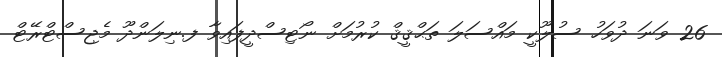
26 ވަނަ ދުވަހު ސުލޫކީ މައްސަލަ ތަޙްޤީޤް ކުރުމަށް ނޯޓިސްދީފައިވާ ފ.ނިލަންދޫ މެޖިސްޓްރޭޓް